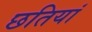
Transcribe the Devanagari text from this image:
छतियां